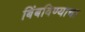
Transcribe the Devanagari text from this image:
बिंबविण्याचा